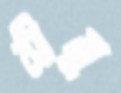
সীমু